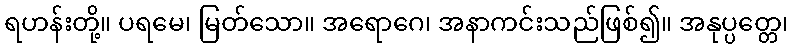
ရဟန်းတို့။ ပရမေ၊ မြတ်သော။ အရောဂေ၊ အနာကင်းသည်ဖြစ်၍။ အနုပ္ပတ္တေ၊